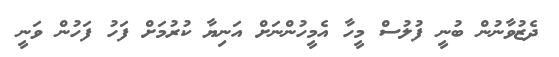
ދެޒުވާނުން ބުނީ ފުލުސް މީހާ އެމީހުންނަށް އަނިޔާ ކުރުމަށް ފަހު ފަހުން ވަނީ